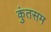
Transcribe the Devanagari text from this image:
कुंतसम